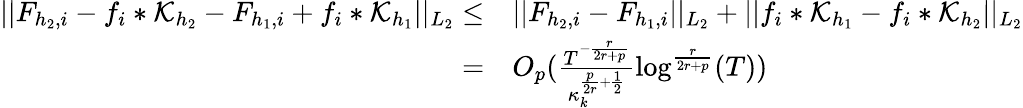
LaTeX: \begin{array}{rl}{\vert\vert F_{{h_{2}},i}-f_{i}*\mathcal{K}_{h_{2}}-F_{{h_{1}},i}+f_{i}*\mathcal{K}_{h_{1}}\vert\vert_{L_{2}}\le}&{\vert\vert F_{{h_{2}},i}-F_{{h_{1}},i}\vert\vert_{L_{2}}+\vert\vert f_{i}*\mathcal{K}_{h_{1}}-f_{i}*\mathcal{K}_{h_{2}}\vert\vert_{L_{2}}}\\ {=}&{O_{p}(\frac{T^{-\frac{r}{2r+p}}}{\kappa_{k}^{\frac{p}{2r}+\frac{1}{2}}}\log^{\frac{r}{2r+p}}(T))}\end{array}